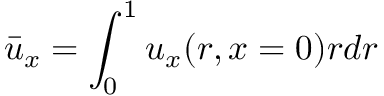
\bar { u } _ { x } = \int _ { 0 } ^ { 1 } u _ { x } ( r , x = 0 ) r d r